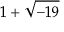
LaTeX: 1 + { \sqrt { - 1 9 } }